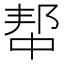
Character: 𫑢